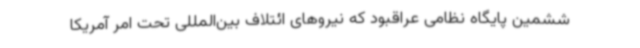
ششمین پایگاه نظامی عراقبود که نیروهای ائتلاف بین‌المللی تحت امر آمریکا